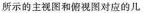
所示的主视图和俯视图对应的几